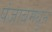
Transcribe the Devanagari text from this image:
पंजाबमधुन